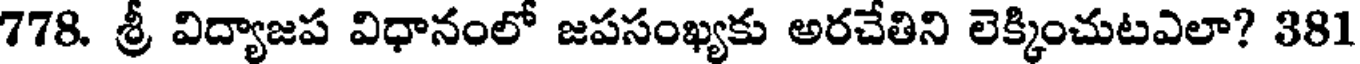
778. శ్రీ విద్యాజప విధానంలో జపసంఖ్యకు అరచేతిని లెక్కించుటఎలా? 381